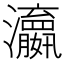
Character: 𬉫